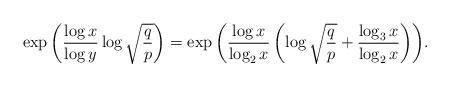
LaTeX: \begin{align*}\exp{\left( \frac{\log{x}}{\log{y}} \log{\sqrt{\frac{q}{p}}} \right)} = \exp{\left( \frac{\log{x}}{\log_{2}{x}} \left( \log{\sqrt{\frac{q}{p}}} + \frac{\log_{3}{x}}{\log_{2}{x}} \right) \right)}.\end{align*}